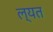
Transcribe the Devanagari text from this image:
ल्यत